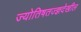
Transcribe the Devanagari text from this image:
ज्योतिषतज्ज्ञदेखील